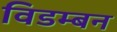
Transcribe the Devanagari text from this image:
विडम्बन